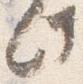
此